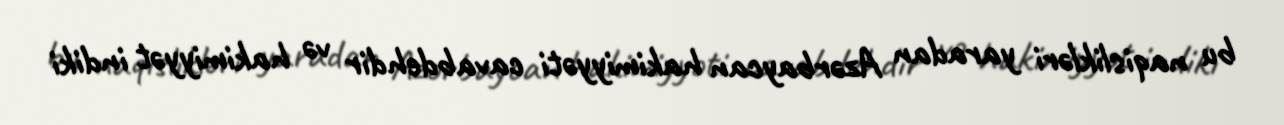
bu naqislikləri yaradan Azərbaycan hakimiyyəti cavabdehdir və hakimiyyət indiki